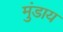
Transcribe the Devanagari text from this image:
मुंडाय